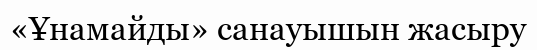
«Ұнамайды» санауышын жасыру